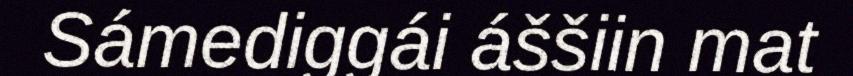
Sámediggái áššiin mat